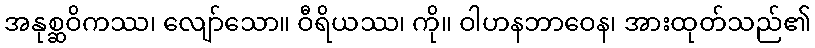
အနုစ္ဆဝိကဿ၊ လျော်သော။ ဝီရိယဿ၊ ကို။ ဝါဟနဘာဝေန၊ အားထုတ်သည်၏